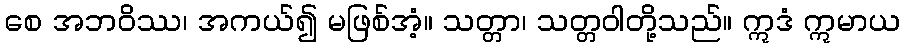
စေ အဘဝိဿ၊ အကယ်၍ မဖြစ်အံ့။ သတ္တာ၊ သတ္တဝါတို့သည်။ ဣဒံ ဣမာယ